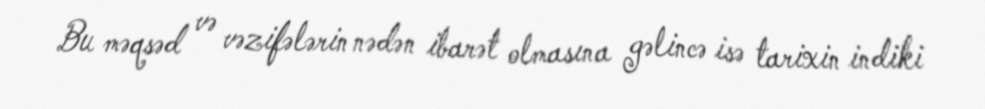
Bu məqsəd və vəzifələrin nədən ibarət olmasına gəlincə isə tarixin indiki